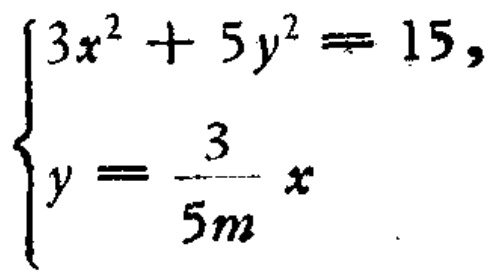
$\begin{cases}3x^{2}+5y^{2}=15,\\y = \dfrac{3}{5m}x\end{cases}$